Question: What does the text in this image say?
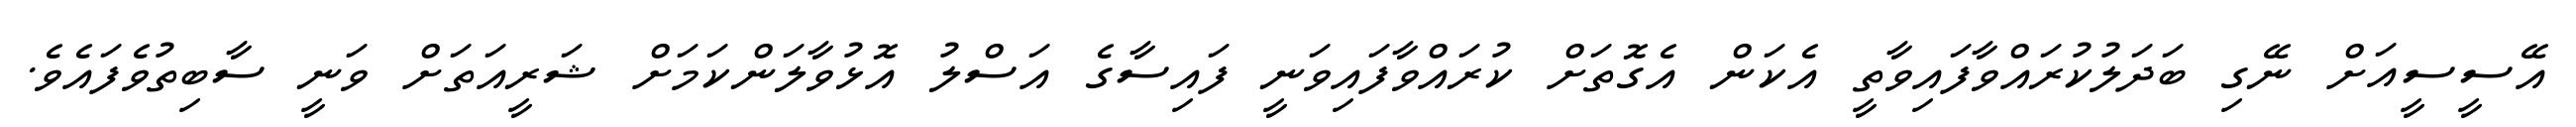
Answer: އޭސީސީއަށް ނޭގި ބަދަލުކުރައްވާފައިވާތީ އެކަން އެގޮތަށް ކުރައްވާފައިވަނީ ފައިސާގެ އަސްލު އޮޅުވާލަންކަމަށް ޝަރީއަތަށް ވަނީ ސާބިތުވެފައެވެ.